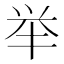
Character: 举